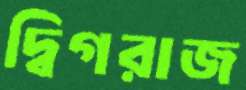
দ্বিগরাজ